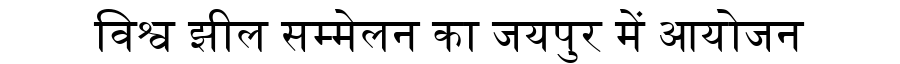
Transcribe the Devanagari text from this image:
विश्व झील सम्मेलन का जयपुर में आयोजन